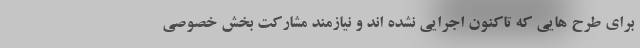
برای طرح هایی که تاکنون اجرایی نشده اند و نیازمند مشارکت بخش خصوصی